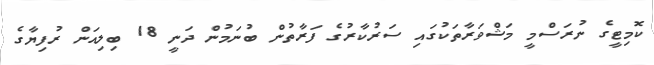
ކޮމިޓީގެ ނުރަސްމީ މަޝްވަރާތަކުގައި ސަރުކާރުގެ ފަރާތުން ބުނަމުން ދަނީ 18 ބިލިއަން ރުފިޔާގެ